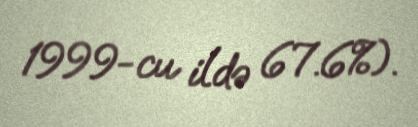
1999-cu ildə 67.6%).